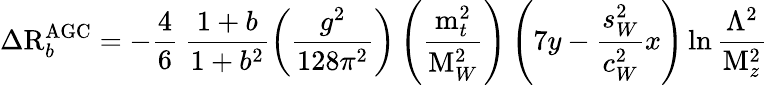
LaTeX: \Delta\mathrm{R}_{b}^{\mathrm{AGC}}=-\frac{4}{6}\: \frac{1+b}{1+b^{2}}\left(\frac{g^{2}}{128\pi^{2}}\right)\left(\frac{\mathrm{m}_{t}^{2}}{\mathrm{M}_{W}^{2}}\right)\left(7y-\frac{s_{W}^{2}}{c_{W}^{2}}x\right)\ln\frac{\Lambda^{2}}{\mathrm{M}_{z}^{2}}